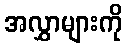
အလွှာများကို